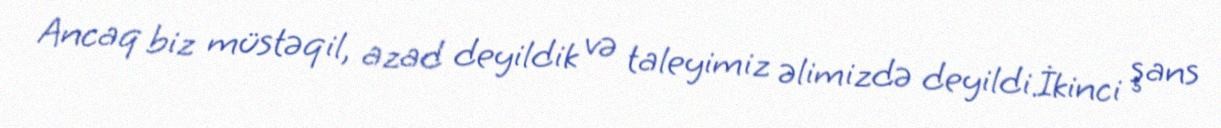
Ancaq biz müstəqil, azad deyildik və taleyimiz əlimizdə deyildi.İkinci şans